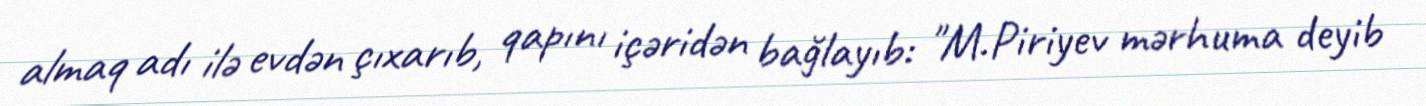
almaq adı ilə evdən çıxarıb, qapını içəridən bağlayıb: "M.Piriyev mərhuma deyib